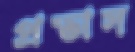
প্রভাস